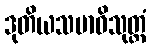
ဒုတိယသမာဓိသုတ္တံ